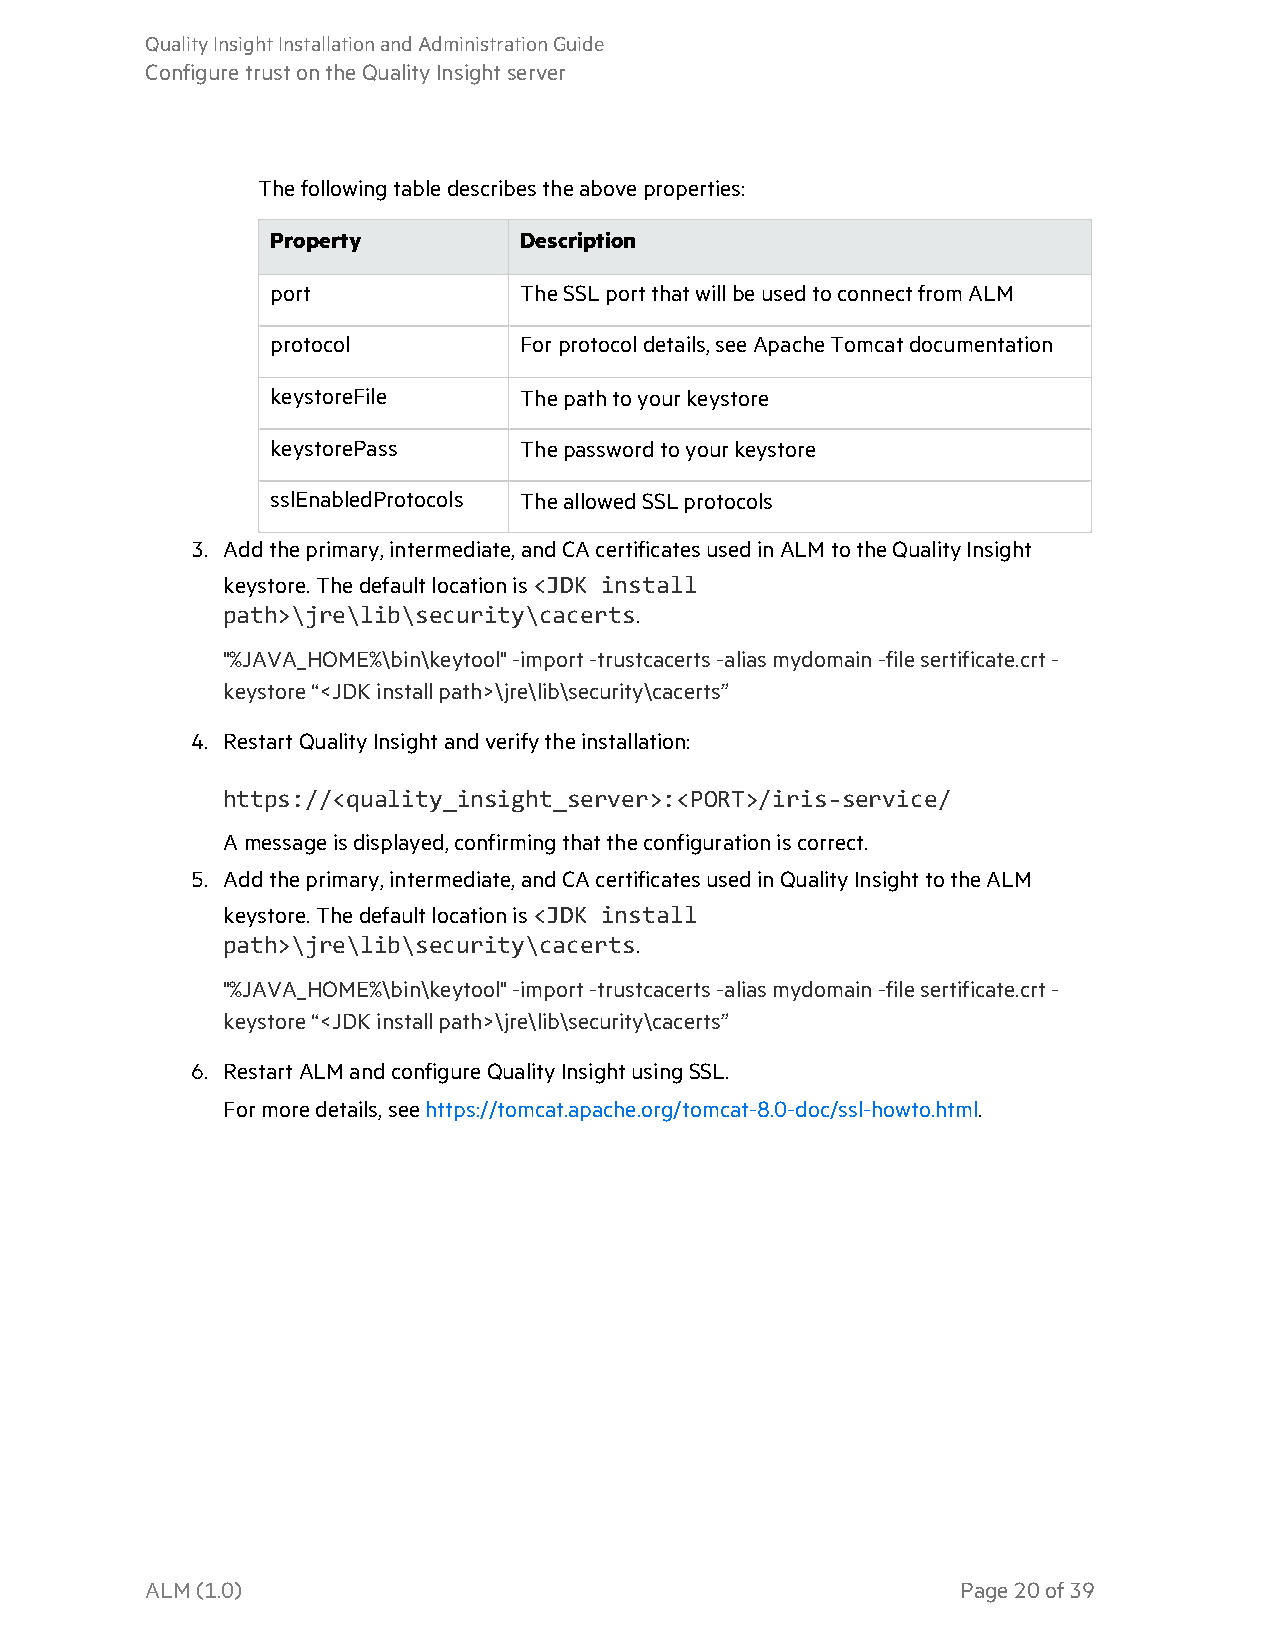
QualityInsightInstallationandAdministrationGuide
 ConfiguretrustontheQualityInsightserver
 Thefollowingtabledescribestheaboveproperties:
 Property        Description
 port            TheSSLportthatwillbeusedtoconnectfromALM
 protocol        Forprotocoldetails,seeApacheTomcatdocumentation
 keystoreFile    Thepathtoyourkeystore
 keystorePass    Thepasswordtoyourkeystore
 sslEnabledProtocols TheallowedSSLprotocols
 3. Addtheprimary,intermediate,andCAcertificatesusedinALMtotheQualityInsight
 keystore.Thedefaultlocationis<JDK install
 path>\jre\lib\security\cacerts.
 "%JAVA_HOME%\bin\keytool"-import-trustcacerts-aliasmydomain-filesertificate.crt-
 keystore“<JDKinstallpath>\jre\lib\security\cacerts”
 4. RestartQualityInsightandverifytheinstallation:
 https://<quality_insight_server>:<PORT>/iris-service/
 Amessageisdisplayed,confirmingthattheconfigurationiscorrect.
 5. Addtheprimary,intermediate,andCAcertificatesusedinQualityInsighttotheALM
 keystore.Thedefaultlocationis<JDK install
 path>\jre\lib\security\cacerts.
 "%JAVA_HOME%\bin\keytool"-import-trustcacerts-aliasmydomain-filesertificate.crt-
 keystore“<JDKinstallpath>\jre\lib\security\cacerts”
 6. RestartALMandconfigureQualityInsightusingSSL.
 Formoredetails,seehttps://tomcat.apache.org/tomcat-8.0-doc/ssl-howto.html.
 ALM(1.0)                                              Page20of39